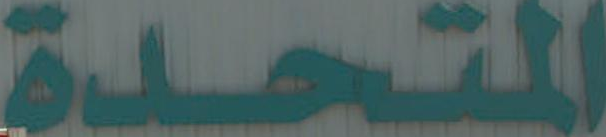
المتحدة